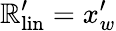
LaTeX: \mathbb{R}_{\mathrm{{{lin}}}}^{\prime}=x_{w}^{\prime}